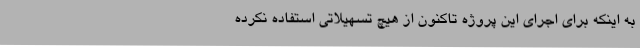
به اینکه برای اجرای این پروژه تاکنون از هیچ تسهیلاتی استفاده نکرده